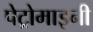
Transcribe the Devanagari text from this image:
पेट्रोमाइनी